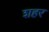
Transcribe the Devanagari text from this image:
शहर